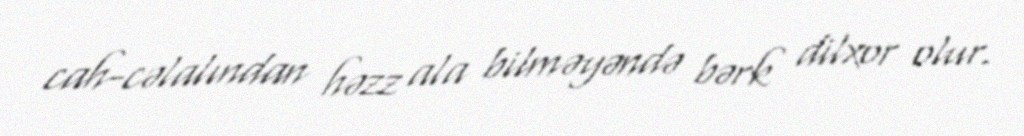
cah-cəlalından həzz ala bilməyəndə bərk dilxor olur.